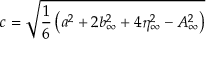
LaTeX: c = \sqrt { \frac { 1 } { 6 } \left( a ^ { 2 } + 2 b _ { \infty } ^ { 2 } + 4 \eta _ { \infty } ^ { 2 } - A _ { \infty } ^ { 2 } \right) }